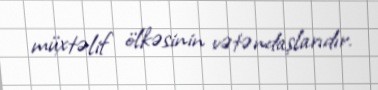
müxtəlif ölkəsinin vətəndaşlarıdır.